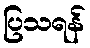
ပြသရန်